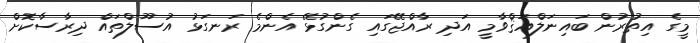
މީގެ އިތުރުން ބައިނަލްއަޤްވާމީ އަދި ރާއްޖޭގައި ގެންގުޅޭ އެންމެ ރަނގަޅު އުސޫލްތައް ދިރާސާކޮށް